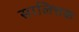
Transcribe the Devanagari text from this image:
सालित्तक